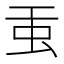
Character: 𧈫